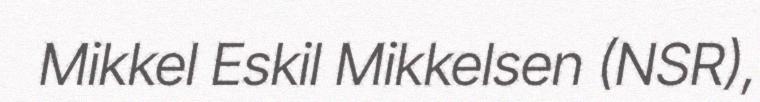
Mikkel Eskil Mikkelsen (NSR),